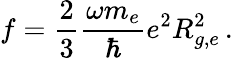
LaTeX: f=\frac{2}{3}\frac{\omega m_{e}}{\hbar}e^{2}R_{g,e}^{2}\, .